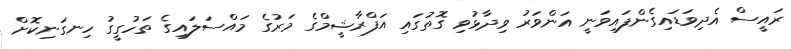
ރައީސް އެދިވަޑައިގެންފައިވަނީ އަންވަރު ވިދާޅުވި ގޮތުގައި އަފްރާޝީމްގެ މަރުގެ މައްސަލައިގެ ތަހުގީގު ހިނގަނިކޮށް